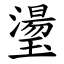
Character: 璗